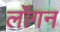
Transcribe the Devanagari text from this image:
लॉगन